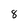
Character: 8